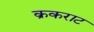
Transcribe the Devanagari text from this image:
क्रकराट